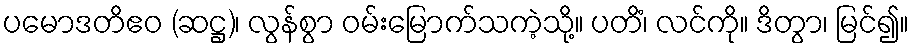
ပမောဒတိဧဝ (ဆဋ္ဌ)၊ လွန်စွာ ဝမ်းမြောက်သကဲ့သို့။ ပတိံ၊ လင်ကို။ ဒိတွာ၊ မြင်၍။